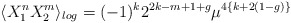
\begin{align*}\langle X_1^n X_2^m \rangle_{log} = (-1)^k 2^{2k-m+1+g}\mu^{4\{k+2(1-g)\}}\end{align*}